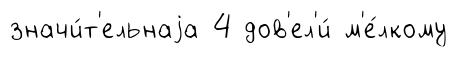
значи́т'ельнаjа 4 дов'ел'и́ м'е́лкому